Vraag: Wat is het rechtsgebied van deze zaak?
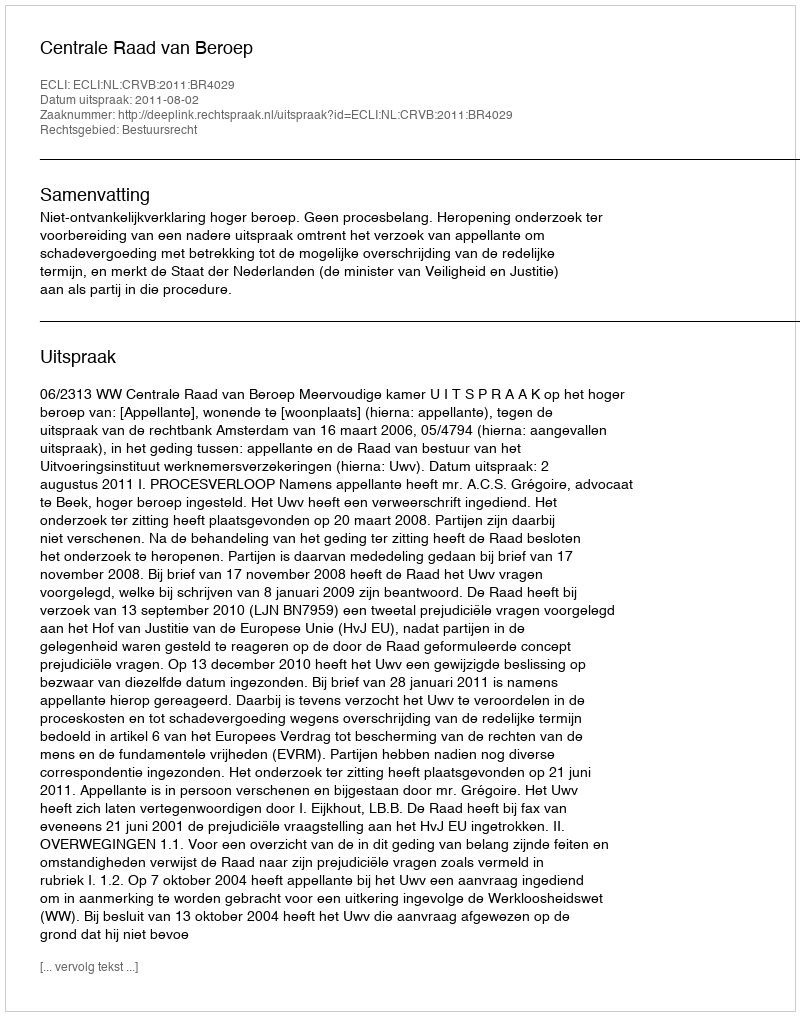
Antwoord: Bestuursrecht